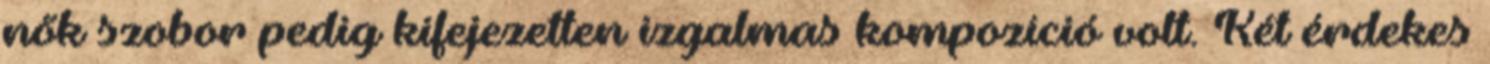
nők szobor pedig kifejezetten izgalmas kompozíció volt. Két érdekes